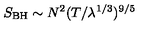
S _ { \mathrm { B H } } \sim N ^ { 2 } ( T / \lambda ^ { 1 / 3 } ) ^ { 9 / 5 }